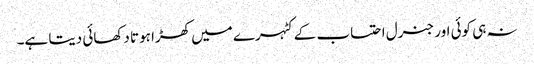
نہ ہی کوئی اور جنرل احتساب کے کٹہرے میں کھڑا ہوتا دکھائی دیتا ہے۔